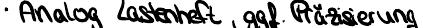
Analog Lastenheft, ggf. Präzisierung